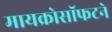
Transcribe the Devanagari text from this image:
मायक्रोसॉफटने